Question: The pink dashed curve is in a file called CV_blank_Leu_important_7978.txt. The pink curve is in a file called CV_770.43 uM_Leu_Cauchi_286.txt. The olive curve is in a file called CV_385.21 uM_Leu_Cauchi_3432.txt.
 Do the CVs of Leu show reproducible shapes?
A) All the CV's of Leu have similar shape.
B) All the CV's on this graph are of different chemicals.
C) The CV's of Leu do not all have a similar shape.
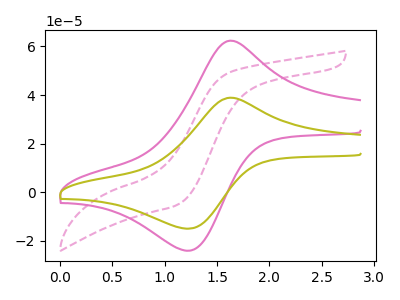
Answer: <think>The pink dashed curve "Leu blank" has no peaks. The pink curve "Leu 770.43 uM" has an anodic peak at (1.65V, 62.40uA) and a cathodic peak at (1.20V, -24.15uA). The olive curve "Leu 385.21 uM" has an anodic peak at (1.65V, 38.90uA) and a cathodic peak at (1.20V, -15.05uA).
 "Leu blank" and "Leu 770.43 uM" have a different number of peaks. "Leu blank" and "Leu 385.21 uM" have a different number of peaks. All the peaks in "Leu 770.43 uM" have a peak in "Leu 385.21 uM" at the same potential. Every peak in "Leu 770.43 uM" is higher than every peak in "Leu 385.21 uM".</think>
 <answer>A) All the CV's of "Leu" have similar shape.</answer>
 <eval>A</eval>